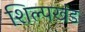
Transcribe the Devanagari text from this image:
शिल्पखंड